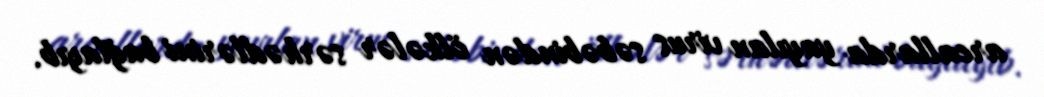
areallarda yayılan virus səbəbindən ölkələr sərhədlərini bağlayıb.